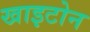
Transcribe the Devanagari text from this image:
खाइटोन